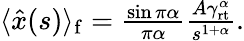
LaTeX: \begin{array}{r}{\langle\hat{x}(s)\rangle_{\mathrm{f}}=\frac{\sin\pi\alpha}{\pi\alpha}\frac{A\gamma_{\mathrm{rt}}^{\alpha}}{s^{1+\alpha}}.}\end{array}